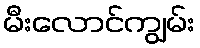
မီးလောင်ကျွမ်း